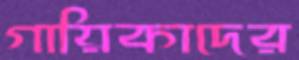
গায়িকাদের